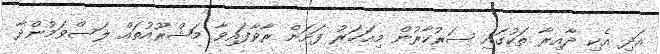
އަދި އެކި ދާއިރާ ތަކުގައި ސަރުކާރުން މިއަހަރު ފަށަން ރާވާފައިވާ މަޝްރޫއުތައް ލަސްވަމުންދާ